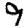
Digit: 9